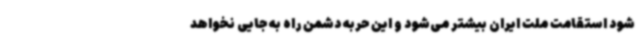
شود استقامت ملت ایران بیشتر می‌شود و این حربه دشمن راه به جایی نخواهد